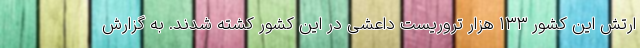
ارتش این کشور ۱۳۳ هزار تروریست داعشی در این کشور کشته شدند. به گزارش